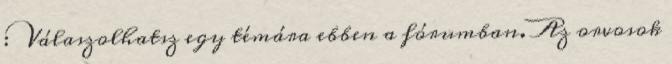
: Válaszolhatsz egy témára ebben a fórumban. Az orvosok